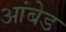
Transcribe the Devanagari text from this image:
आंबेड